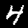
Label: 4